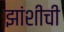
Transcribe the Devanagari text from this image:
झांशीची